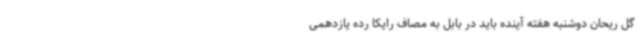
گل ریحان دوشنبه هفته آینده باید در بابل به مصاف رایکا رده یازدهمی